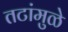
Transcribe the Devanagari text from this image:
तटांमुळे